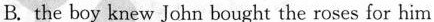
B. the boy knew John bought the roses for him